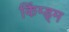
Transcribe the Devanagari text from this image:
किंग्ड्म